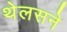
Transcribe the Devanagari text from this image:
थेलसने